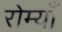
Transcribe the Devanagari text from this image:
रोम्याँ